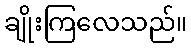
ချိုးကြလေသည်။